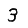
Digit: 3